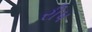
રીપ